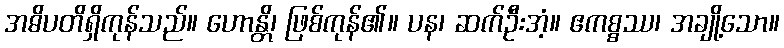
အဓိပတိရှိကုန်သည်။ ဟောန္တိ၊ ဖြစ်ကုန်၏။ ပန၊ ဆက်ဦးအံ့။ ဧကစ္စဿ၊ အချို့သော။